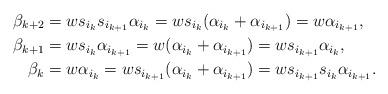
LaTeX: \begin{align*}\beta_{k+2} &= ws_{i_k}s_{i_{k+1}}\alpha_{i_k} = ws_{i_k}(\alpha_{i_k}+\alpha_{i_{k+1}}) = w\alpha_{i_{k+1}}, \\\beta_{k+1} &= ws_{i_k}\alpha_{i_{k+1}} = w(\alpha_{i_k} + \alpha_{i_{k+1}}) = ws_{i_{k+1}}\alpha_{i_k}, \\\beta_k &= w\alpha_{i_k} = ws_{i_{k+1}}(\alpha_{i_k} + \alpha_{i_{k+1}}) = ws_{i_{k+1}}s_{i_k}\alpha_{i_{k+1}}.\end{align*}